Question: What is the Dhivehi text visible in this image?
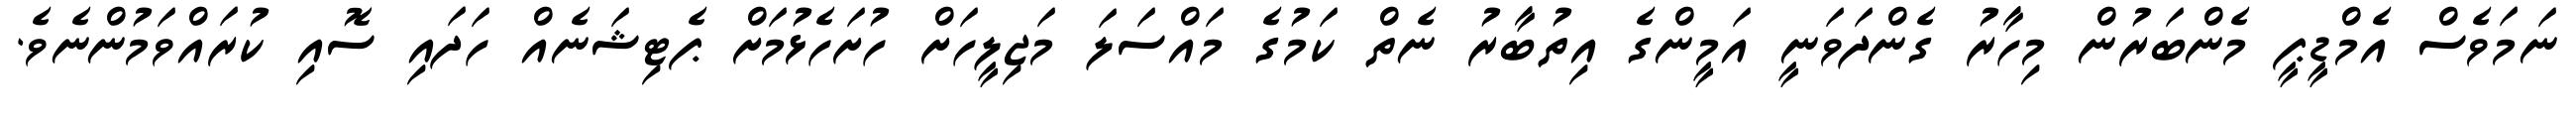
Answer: ނަމަވެސް އެމްޑީޕީ މެންބަރުން މިހާރު ގެންދަވަނީ އަމީންގެ އިތުބާރު ނެތް ކަމުގެ މައްސަލަ މަޖިލީހަށް ހުށަހެޅުމަށް ޕެޓިޝަނެއް ހަދައި ސޮއި ކުރައްވަމުންނެވެ.